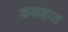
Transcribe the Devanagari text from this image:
कलहात